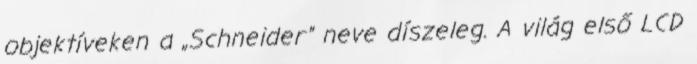
objektíveken a „Schneider” neve díszeleg. A világ első LCD